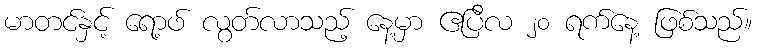
မာတင်နှင့် ရော့ဖ် လွတ်လာသည့် နေ့မှာ ဧပြီလ ၂၀ ရက်နေ့ ဖြစ်သည်။